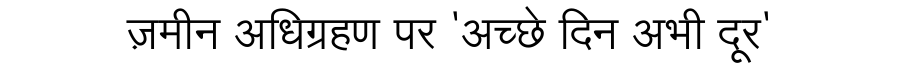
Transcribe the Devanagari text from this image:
ज़मीन अधिग्रहण पर 'अच्छे दिन अभी दूर'